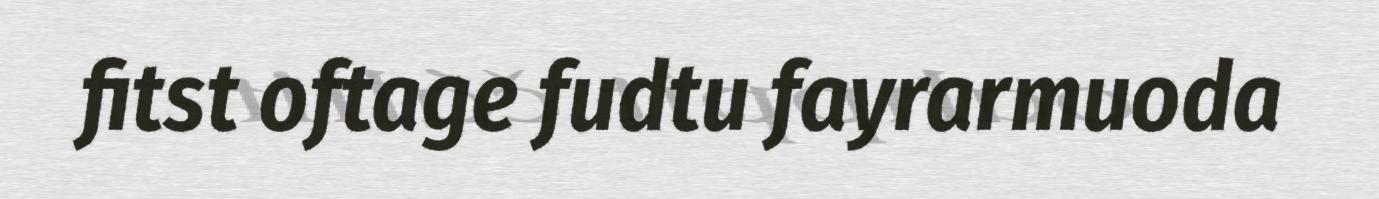
fitst oftage fudtu fayrarmuoda